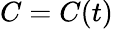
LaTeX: C=C(t)